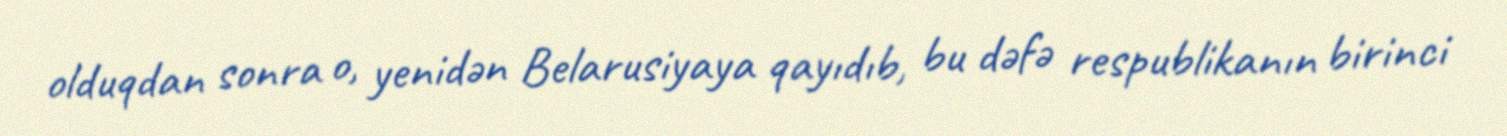
olduqdan sonra o, yenidən Belarusiyaya qayıdıb, bu dəfə respublikanın birinci